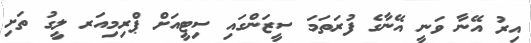
އިރު އޭނާ ވަނީ އޭނާގެ ފުރަތަމަ ސީޒަންގައި ސިޓީއަށް ޕްރިމިއަރ ލީގު ތަށި